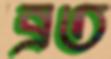
ব্রত